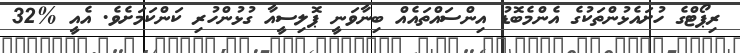
ރިޕޯޓްގެ ހުށައެޅުންތަކުގެ އެންމެބޮޑު އިންސައްތައެއް ބިނާވަނީ ޕޮލިސީއާ ގުޅުންހުރި ކަންކަމަށެވެ. އެއީ %32